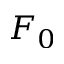
F _ { 0 }